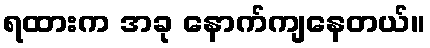
ရထားက အခု နောက်ကျနေတယ်။